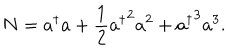
LaTeX: N = a ^ { \dagger } a + \frac { 1 } { 2 } { a ^ { \dagger } } ^ { 2 } a ^ { 2 } + { a ^ { \dagger } } ^ { 3 } a ^ { 3 } .